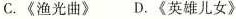
C.《渔光曲》D.《英雄儿女》